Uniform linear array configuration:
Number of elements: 8
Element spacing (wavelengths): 0.75
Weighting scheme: hann
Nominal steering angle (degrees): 45
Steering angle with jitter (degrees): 46.458
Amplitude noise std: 0.05
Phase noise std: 0.05

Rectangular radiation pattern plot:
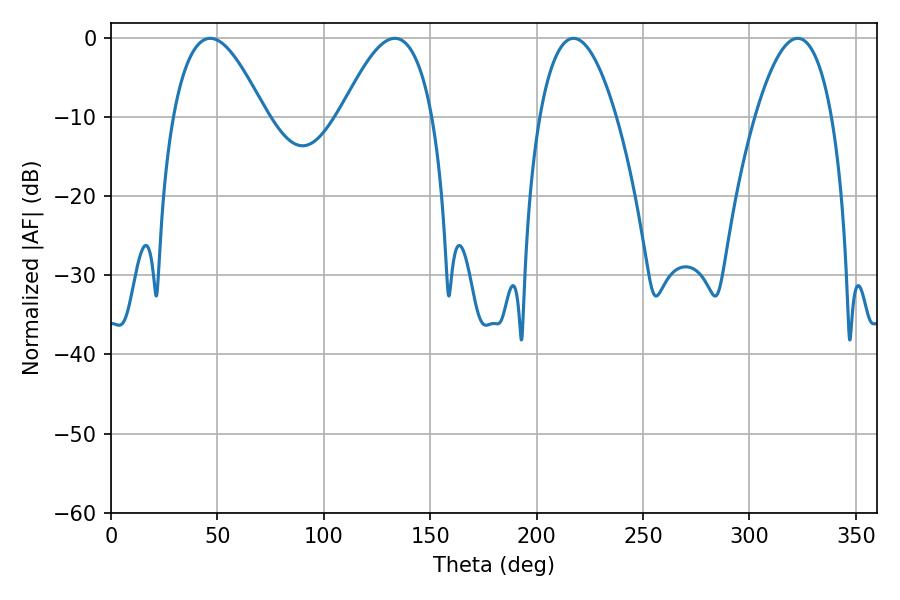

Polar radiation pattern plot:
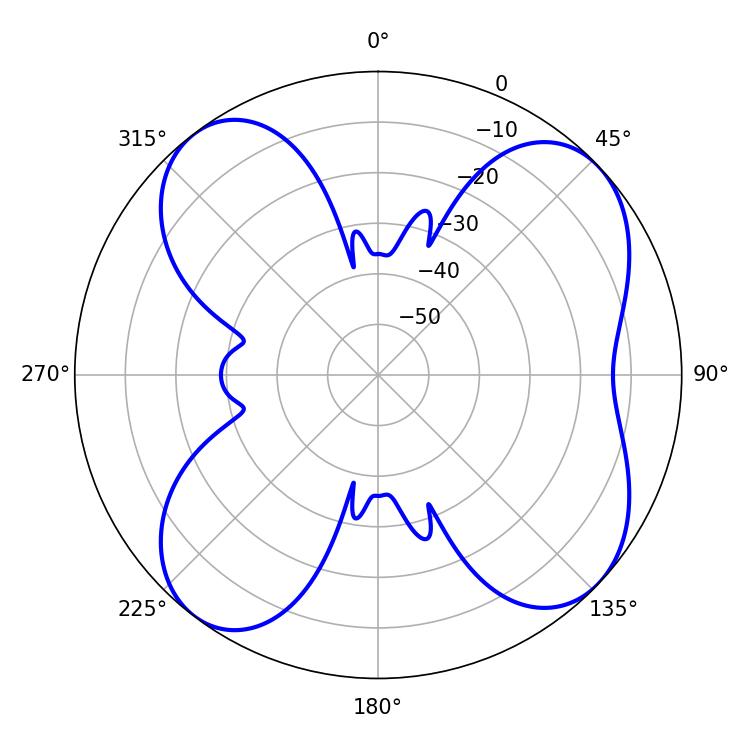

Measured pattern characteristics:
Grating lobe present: TRUE
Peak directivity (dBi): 9.449
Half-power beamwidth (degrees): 23.58
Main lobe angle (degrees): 46.62